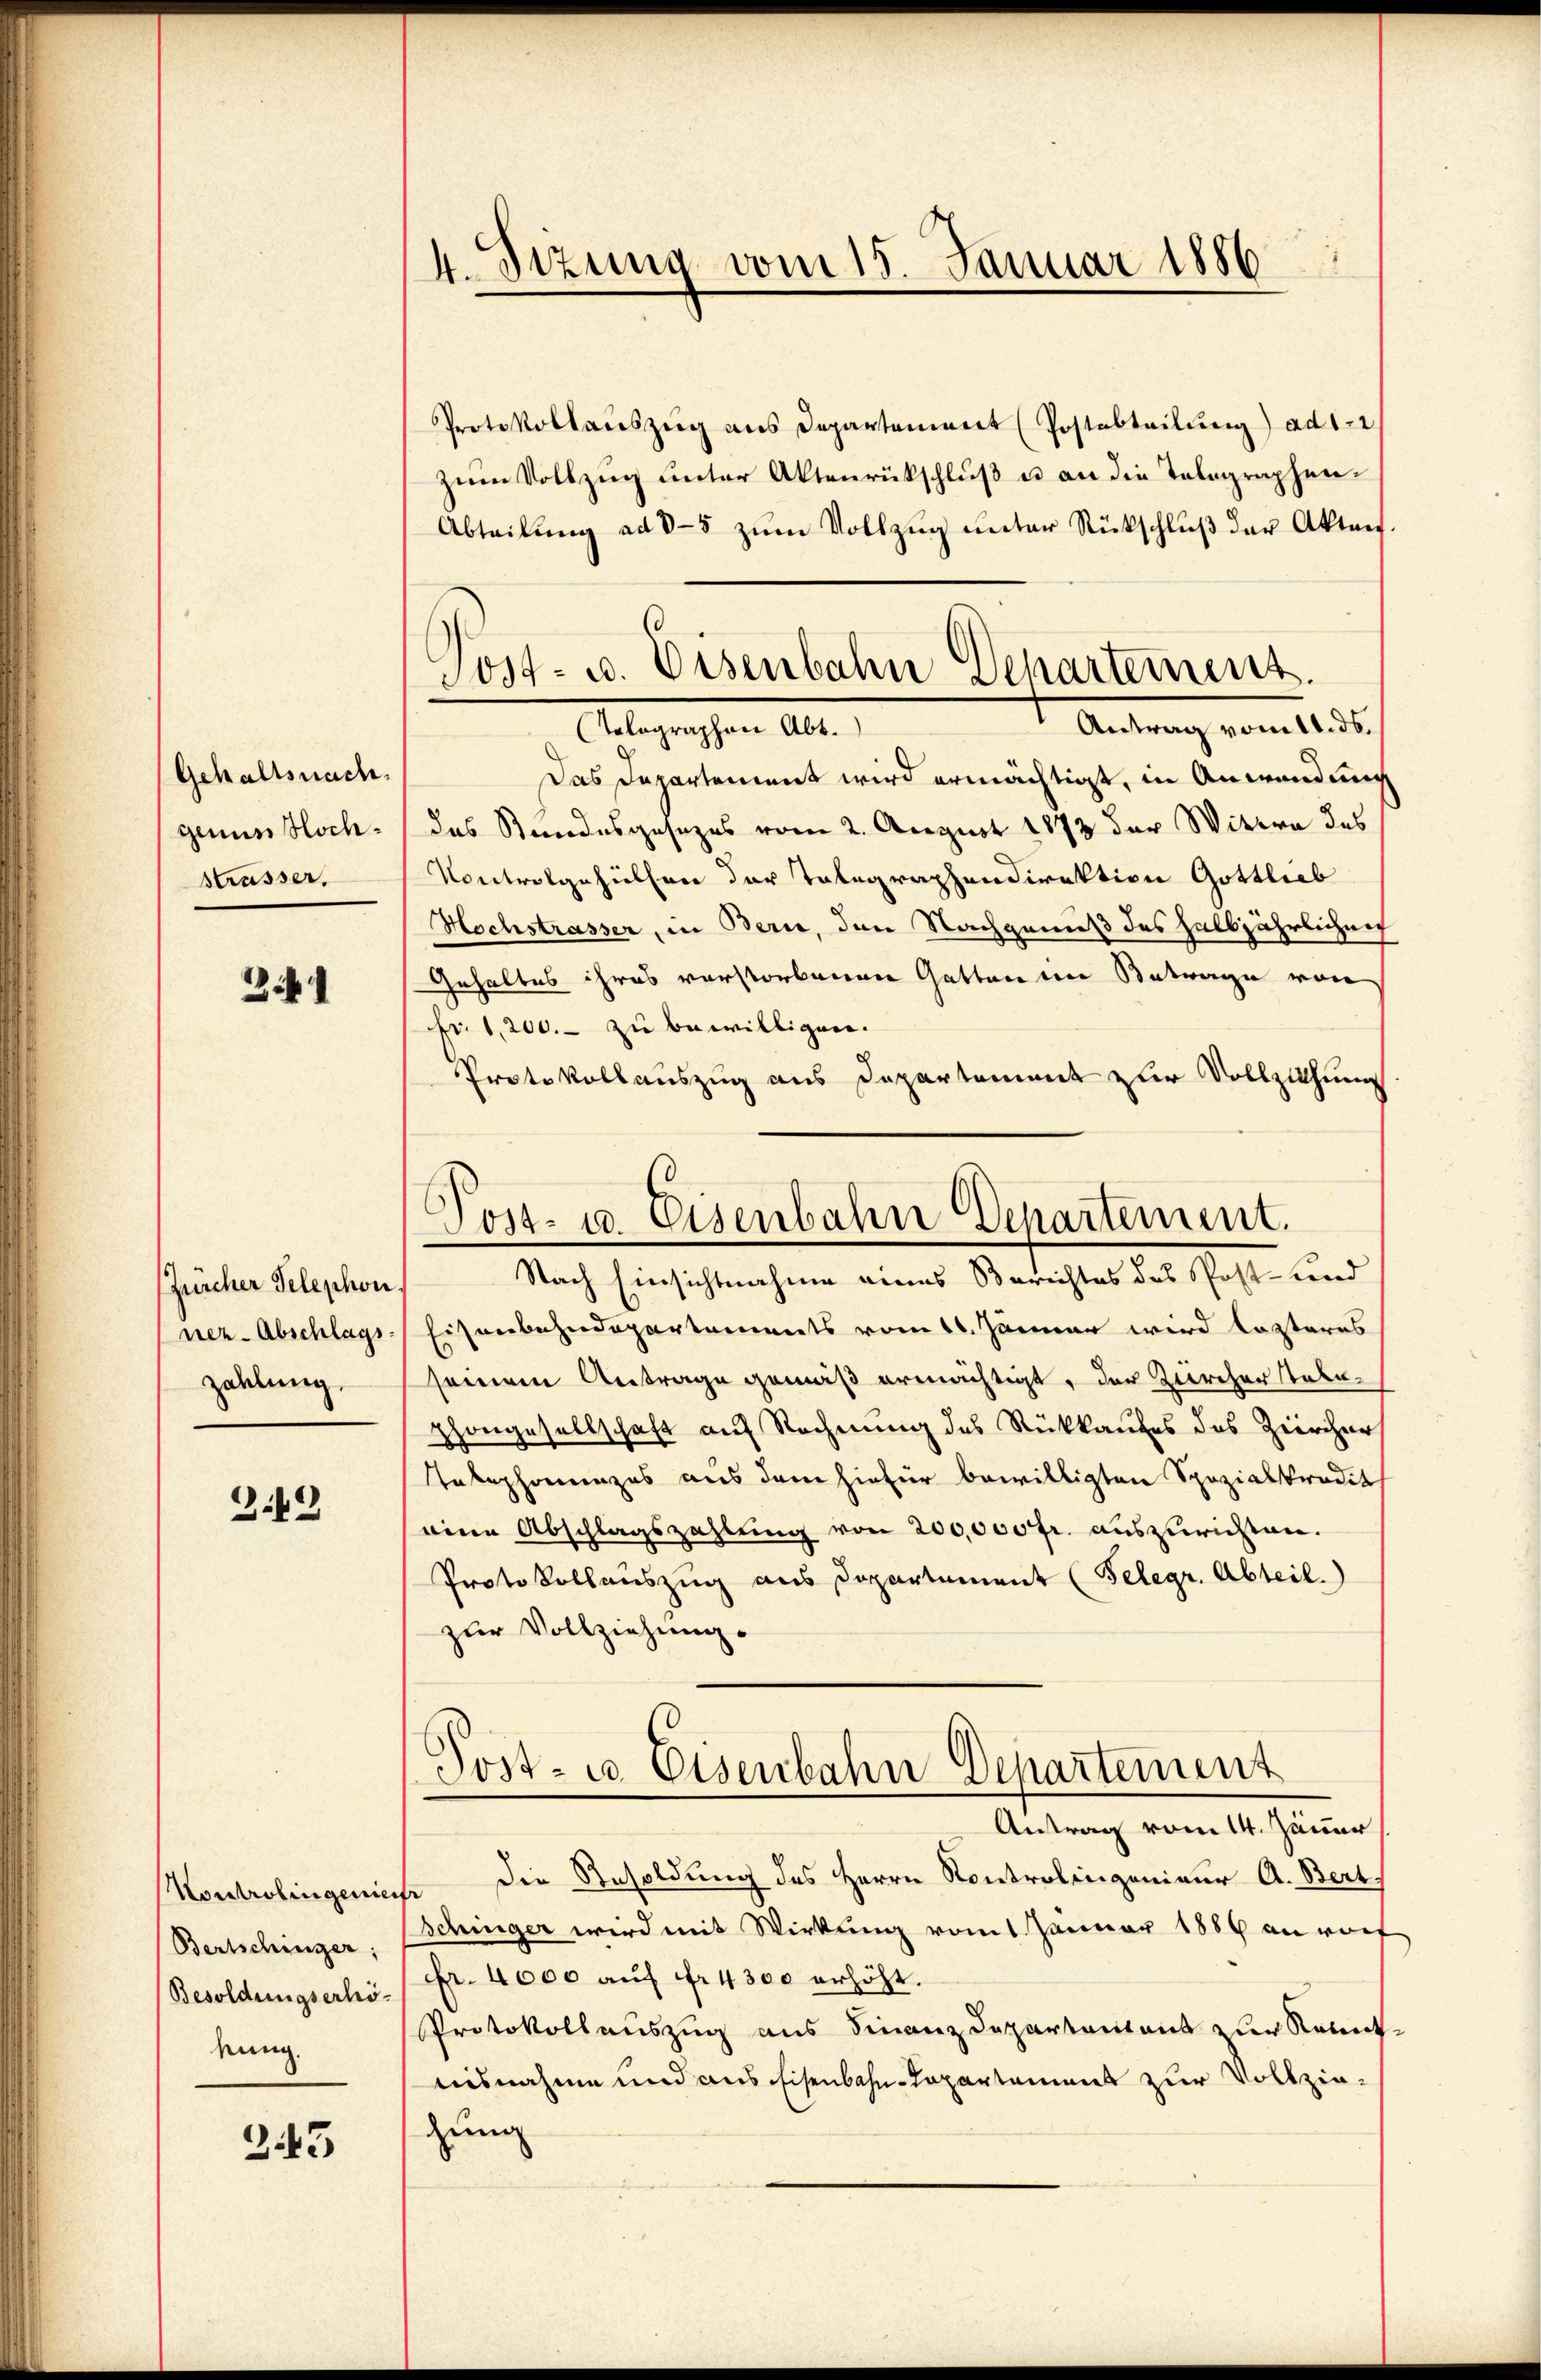
Sizung vom 15. Januar 1886
dn

Protokollauszug aus Departement (Postabteilung) ad 1.
zum Vollzug unter Aktenrückschluß u an die Telegraphen¬
Abteilŭng ad 8-5 zŭm Vollzŭg ŭnter Rückschlŭβ der Aktenf
Antrag vom 11. ds.
Tolographen Abt.
Das Departement wird ermächtigt, in Anwendung
das Standesgesezes vom 2. August 1873 der Witwe des
Kontrolgehüllen der Telegraphendirektion Gottlieb
Hochstrasser, in Bern, den Nachgenuß des halbjährlichen
Gehaltes ihres verstorbenen Gatten im Betrage von
fr. 1,200.- zu bewilligen.
Protokollauszug aus Departement zur Vollziehung
Eisenbahndepartements vom 11. Jänner wird lezteres
seinem Antrage gemäß ermächtigt, der Zürcher statuphongesellschaft auf Rechnung des Rückkaufes des Ziercher
Telephonanzes aus dem hiefür bewilligten Spezialtradit
eine Abschlagszahlung von 200,000 fr. auszurichten.
Protokollauszug aus Departement (Telegr. Abteil.)
zur Vollziehung.
Post- u. Eisenbahn Departement
Antrag vom 14. Jäner
Die Resoldung des Herrn Kontrolingenieur A. Bert.
fr
Schinger wird mit Wirkung vom 1 Januar 1886 an vorf
Fr. 4000 auf fr 4300 erhöht.
Protokollauszug aus Finanzdepartantens zur Ratent.
nisnahme und aus Eisenbahn-Repartement zur Vollziegung

.
Post- u. Eisenbahn Departement.

Gehaltsnach.
genue soch¬
Mrässer.

341

Post- u. Eisenbahn Departement.
Nach Einsichtnahme eines Berichtes das Post- und

Zürcher Telephon.
ner-Abschlags
zahlung.

3.42

Kontrolingenies
Bertschinger;
Besoldungserhökung.

243